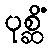
ပုစ္ဆိံ